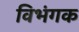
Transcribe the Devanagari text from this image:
विभंगक